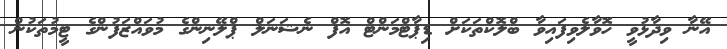
އޭނާ ވިދާޅުވީ ހޮވާލެވިފައިވާ ބްލޮކްތަކަށް ޑިޕާޓްމަންޓް އޮފް ނެޝަނަލް ޕްލޭނިންގެ މުވައްޒަފުންގެ ޓީމުތަކުން